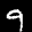
Label: 9